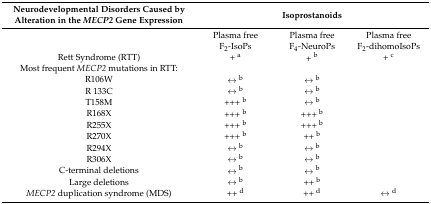
| Neurodevelopmental Disorders Caused by Alteration in the MECP2 Gene Expression | <COLSPAN=3> Isoprostanoids |
 | --- | --- | --- | --- |
 |  | Plasma freeF2-IsoPs | Plasma freeF4-NeuroPs | Plasma freeF2-dihomoIsoPs |
 | Rett Syndrome (RTT) | + a | + b | + c |
 | Most frequent MECP2 mutations in RTT: | <COLSPAN=2>  |  |
 | R106W | ↔ b | ↔ b |  |
 | R 133C | ↔ b | ↔ b | <ROWSPAN=9>  |
 | T158M | +++ b | ↔ b |
 | R168X | +++ b | +++ b |
 | R255X | +++ b | +++ b |
 | R270X | +++ b | ++ b |
 | R294X | ↔ b | ↔ b |
 | R306X | ↔ b | ↔ b |
 | C-terminal deletions | ↔ b | ↔ b |
 | Large deletions | ↔ b | ++ b |
 | MECP2 duplication syndrome (MDS) | ++ d | ++ d | ↔ d |